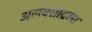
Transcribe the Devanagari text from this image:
अलेक्सांद्रला